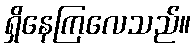
ရှိနေကြလေသည်။